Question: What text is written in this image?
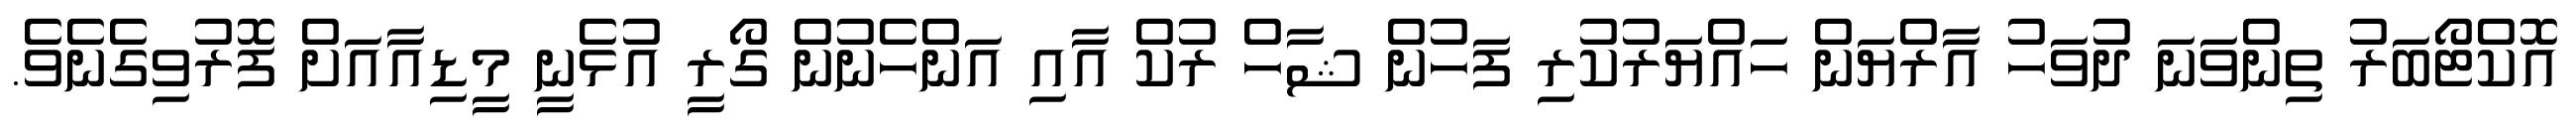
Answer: އޮކްޓޯބަރު ތިންވަނަ ދުވަހު އާރްޔަން ހައްޔަރުކުރި ފަހުން ޝާހް ރުކް އާއި އަންހެނުން ގޯރީ އުޅެނީ މީޑިއާއަށް ފޮރުވިގެނެވެ.